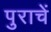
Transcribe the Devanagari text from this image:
पुराचें